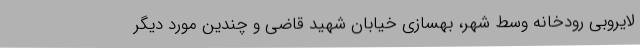
لایروبی رودخانه وسط شهر، بهسازی خیابان شهید قاضی و چندین مورد دیگر